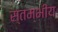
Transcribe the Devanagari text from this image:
स्तम्भीय